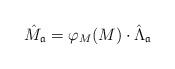
LaTeX: \begin{align*}\hat M_{\mathfrak{a}}=\varphi_M(M)\cdot \hat\Lambda_{\mathfrak{a}}\end{align*}